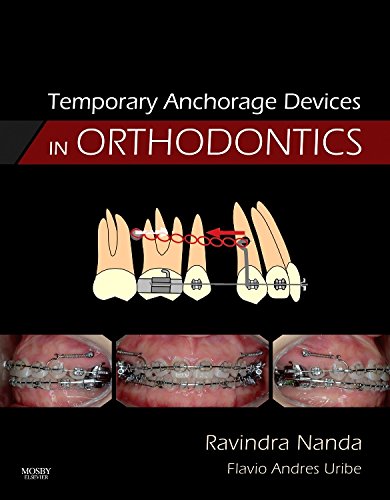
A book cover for Temporary Anchorage Devices in Orthodontics, 1e; Ravindra Nanda BDS  MDS  PhD; Medical Books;